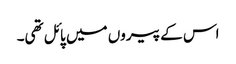
اس کے پیروں میں پائل تھی۔